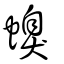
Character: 螑